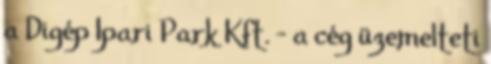
a Digép Ipari Park Kft. – a cég üzemelteti